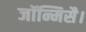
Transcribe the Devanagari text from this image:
जॉन्मिसै।